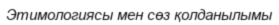
Этимологиясы мен сөз қолданылымы